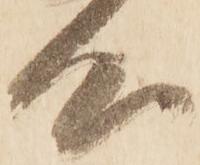
心